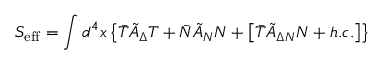
S _ { \mathrm { e f f } } = \int d ^ { 4 } x \left\{ \bar { T } \tilde { \cal A } _ { \Delta } T + \bar { N } \tilde { \cal A } _ { N } N + \left[ \bar { T } \tilde { \cal A } _ { \Delta N } N + h . c . \right] \right\}